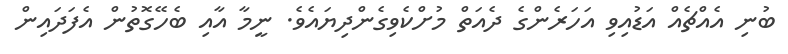
ބުނި އެއްޗެއް އަޑުއިވި އަހަރެންގެ ދެއަތް މުށްކެވިގެންދިޔައެވެ. ނީމާ އާއި ބެހޭގޮތުން އެފަދައިން